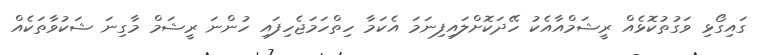
ގައިގޯޅި ވަގުތުކޮޅެއް ރީޝަމްއާއެކު ހޭދަކޮށްލައިފިނަމަ އެކަމާ ހިތްހަމަޖެހިފައި ހުންނަ ރީޝަމް މާގިނަ ޝަކުވާތަކެއް